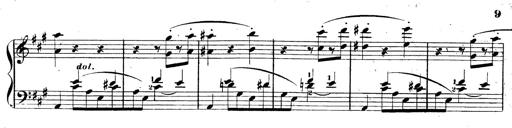
Title: 3 Caprices-Valses
Composer: Franz Liszt